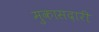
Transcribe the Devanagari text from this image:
मुकासदारी